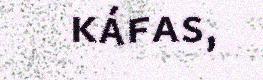
káfas,